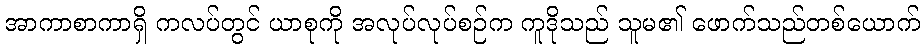
အာကာစာကာရှိ ကလပ်တွင် ယာစုကို အလုပ်လုပ်စဉ်က ကူဒိုသည် သူမ၏ ဖောက်သည်တစ်ယောက်